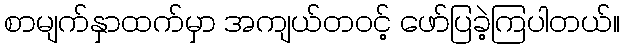
စာမျက်နှာထက်မှာ အကျယ်တဝင့် ဖော်ပြခဲ့ကြပါတယ်။